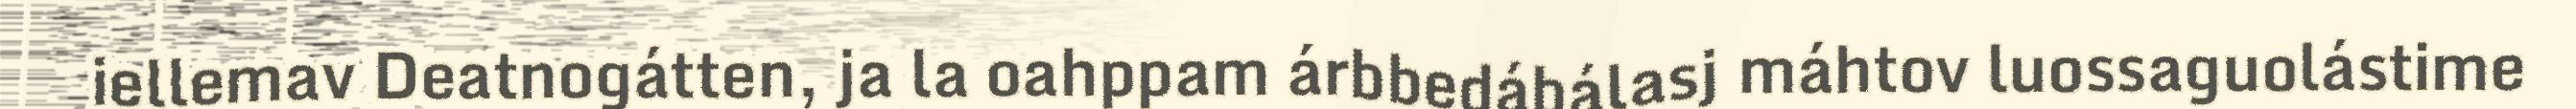
iellemav Deatnogátten, ja la oahppam árbbedábálasj máhtov luossaguolástime